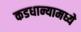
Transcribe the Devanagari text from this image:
कडधान्यामध्ये